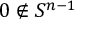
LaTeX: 0 \notin S ^ { n - 1 }